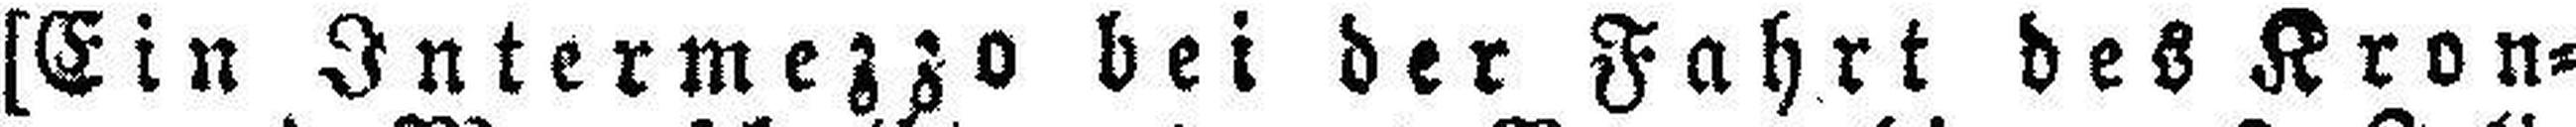
[Ein Intermezzo bei der Fahrt des Kron¬